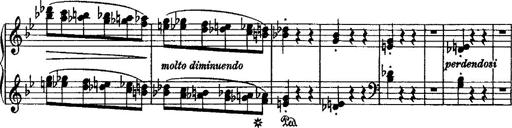
Title: Grande valse di bravura
Composer: Franz Liszt